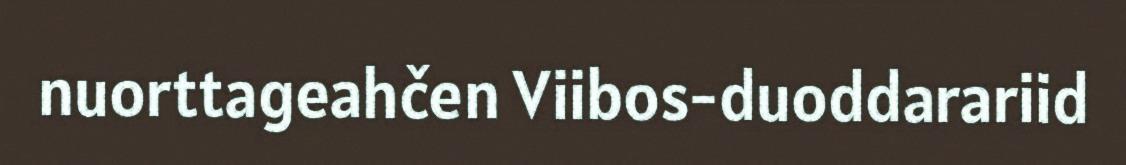
nuorttageahčen Viibos-duoddarariid